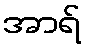
အာရ်